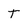
Character: T